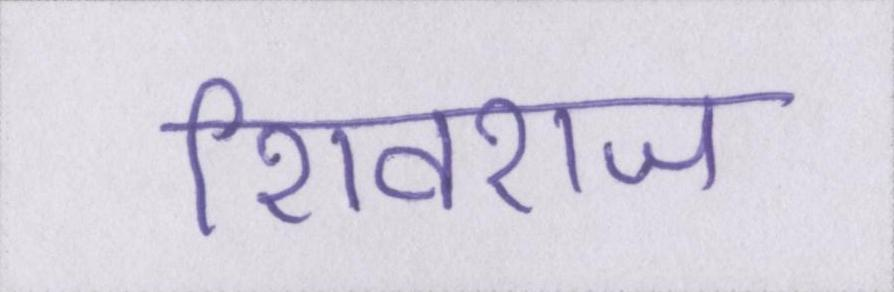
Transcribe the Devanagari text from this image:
शिवराज